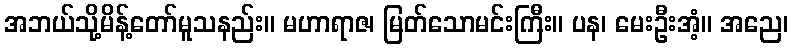
အဘယ်သို့မိန့်တော်မူသနည်း။ မဟာရာဇ၊ မြတ်သောမင်းကြီး။ ပန၊ မေးဦးအံ့။ အညေ၊